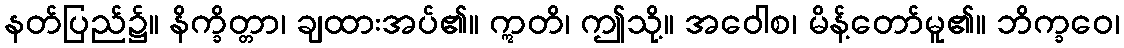
နတ်ပြည်၌။ နိက္ခိတ္တာ၊ ချထားအပ်၏။ ဣတိ၊ ဤသို့။ အဝေါစ၊ မိန့်တော်မူ၏။ ဘိက္ခဝေ၊